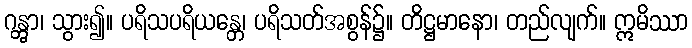
ဂန္တွာ၊ သွား၍။ ပရိသပရိယန္တေ၊ ပရိသတ်အစွန်၌။ တိဋ္ဌမာနော၊ တည်လျက်။ ဣမိဿာ